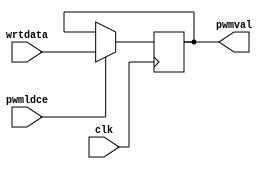
module pwmregister(
  output [7:0] pwmval,
  input clk,
  input pwmldce,
  input [7:0] wrtdata);
  reg [7:0] pwmreg = 8'h00;
  assign pwmval = pwmreg;
  always@(posedge clk) begin
    if(pwmldce) begin
      pwmreg <= wrtdata;
    end
  end 
endmodule